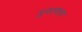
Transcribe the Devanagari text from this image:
युवावक्ता